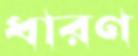
ধারণ